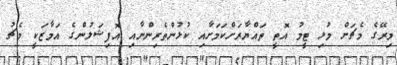
މިރޭގެ މެޗަށް މުޅި ޓީމު އޮތީ ތައްޔާރަށްކަމަށާއި ކުޅުންތެރިންނާއި އޮފިޝަލުންގެ އަމާޒަކީ މެޗު